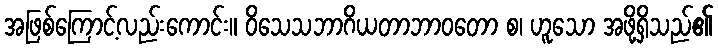
အဖြစ်ကြောင့်လည်းကောင်း။ ဝိသေသဘာဂိယတာဘာဝတော စ၊ ဟူသော အဖို့ရှိသည်၏